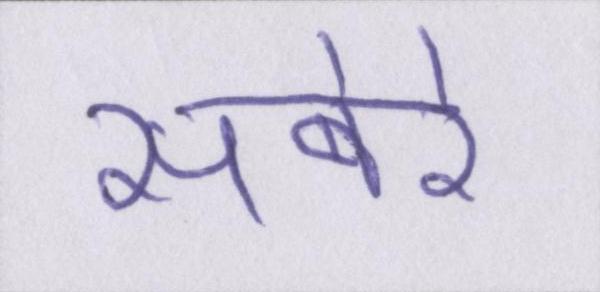
सबेरे